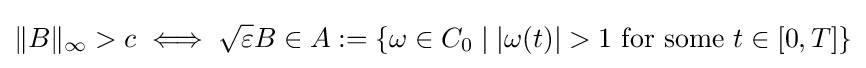
\|B\|_{\infty }>c\iff {\sqrt {\varepsilon }}B\in A:=\left\{\omega \in C_{0}\mid |\omega (t)|>1{\text{ for some }}t\in [0,T]\right\}